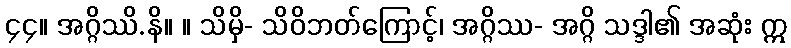
၄၄။ အဂ္ဂိဿိ.နိ။ ။ သိမှိ- သိဝိဘတ်ကြောင့်၊ အဂ္ဂိဿ- အဂ္ဂိ သဒ္ဒါ၏ အဆုံး ဣ